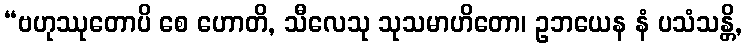
“ဗဟုဿုတောပိ စေ ဟောတိ, သီလေသု သုသမာဟိတော၊ ဥဘယေန နံ ပသံသန္တိ,